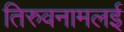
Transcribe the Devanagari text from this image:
तिरुवनामलई